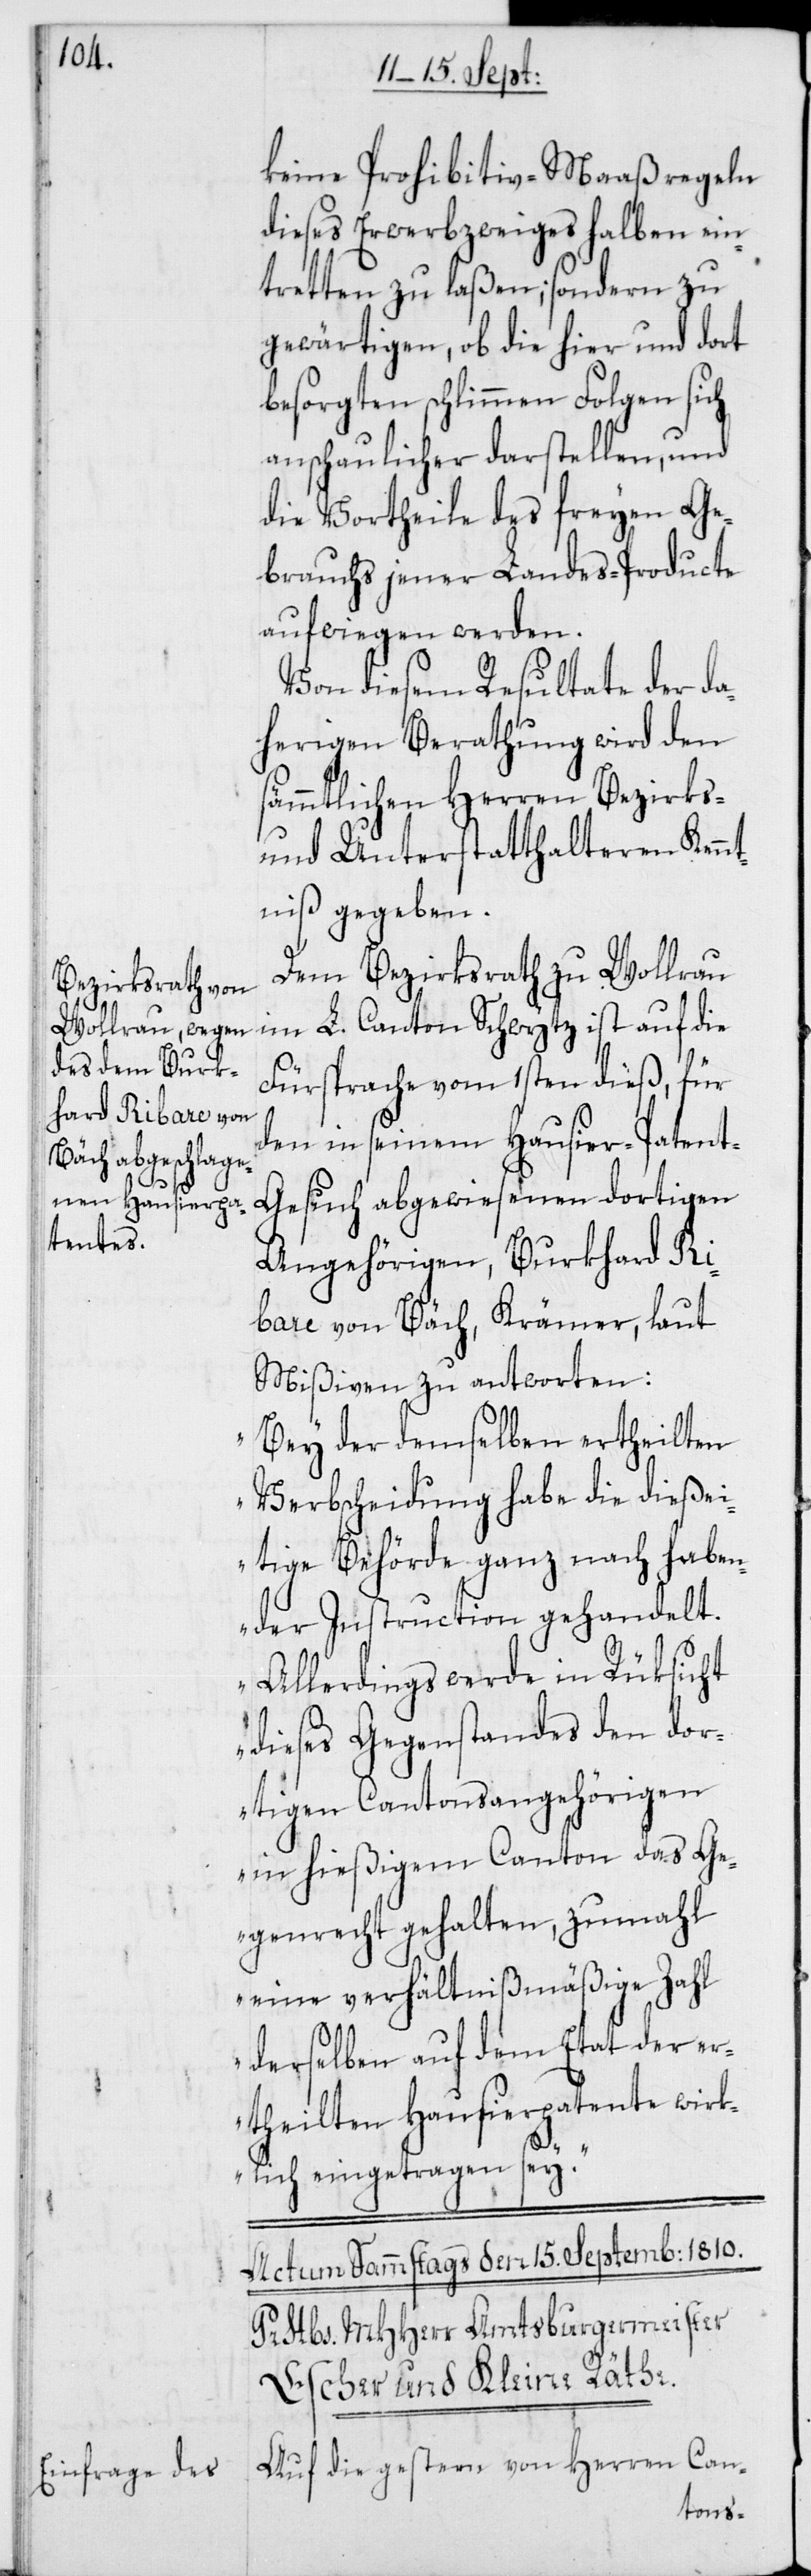
keine Prohibitiv-Maaßregeln
dieses Erwerbzweiges halben ein¬
tretten zu laßen; sondern zu
gewärtigen, ob die hier und dort
besorgten schlimmen Folgen sich
anschaulicher darstellen, und
die Vortheile des freyen Ge¬
brauchs jener Landes-Producte
aufwiegen werden.
Von diesem Resultate der da¬
herigen Berathung wird den
sämmtlichen Herren Bezirks-
und Unterstatthalteren Kenn¬
tniß gegeben.
Dem Bezirksrath zu Wollerau
im L. Canton Schwytz ist auf die
Fürsprache vom 1sten dieß, für
den in seinem Hausier-Paten¬
t-Gesuch abgewiesenen dortigen
Angehörigen, Burkhard Ri¬
bare von Bäch, Krämer, laut
Mißiven zu antworten:
„Bey der demselben ertheilten
Verbscheidung habe die dieße¬
itige Behörde ganz nach haben¬
der Instruction gehandelt.
Allerdings werde in Rüksicht
dieses Gegenstandes den dor¬
tigen Cantonsangehörigen
in hießigem Canton das Ge¬
genrecht gehalten, zumahl
eine verhältnismäßige Zahl
derselben auf dem Etat der er¬
theilten Hausierpatente wirk¬
lich eingetragen sey.“
Auf die gestern von Herren Can-